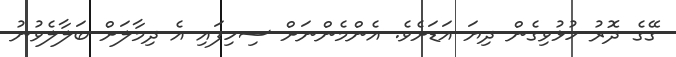
ގޭގެ ދޮރު ހުޅުވިގެން ދިޔަ އަޑަށެވެ. އެންމެންނަށް ސިހިފައި އެ ދިމާލަށް ބަލާލެވުނު